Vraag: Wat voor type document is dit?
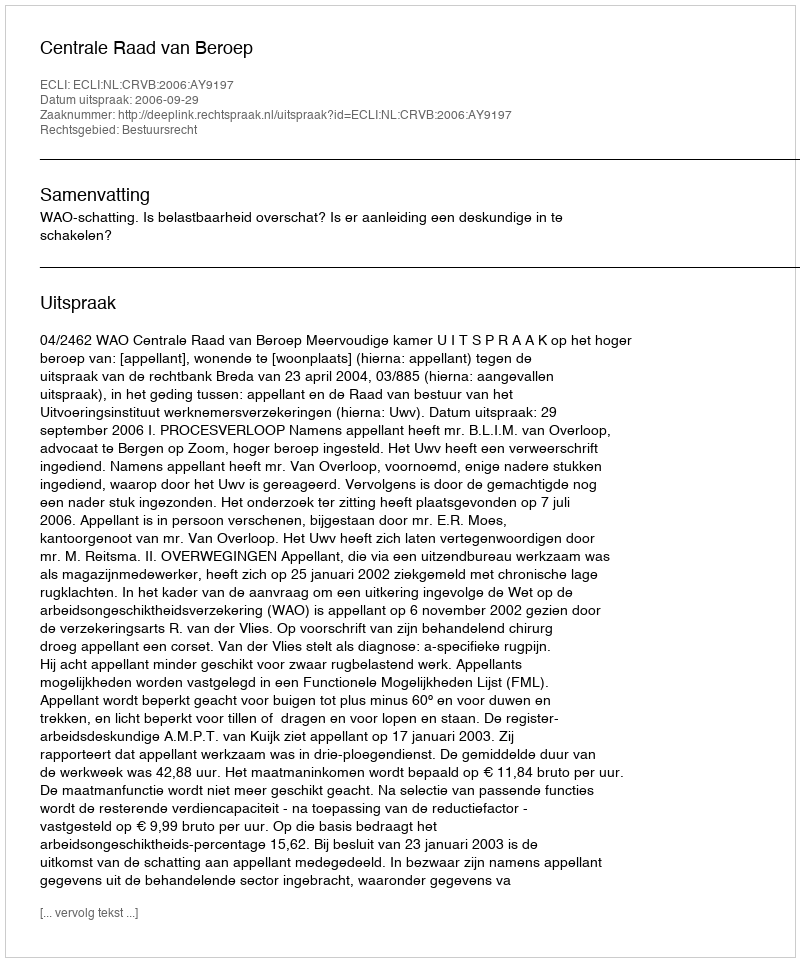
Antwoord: Uitspraak